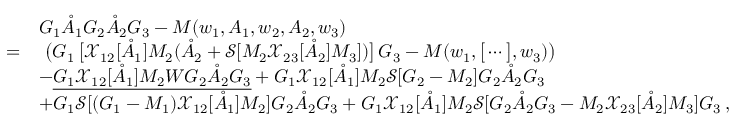
\begin{array} { r l } & { G _ { 1 } \mathring { A } _ { 1 } G _ { 2 } \mathring { A } _ { 2 } G _ { 3 } - M ( w _ { 1 } , A _ { 1 } , w _ { 2 } , A _ { 2 } , w _ { 3 } ) } \\ { = } & { \ \big ( G _ { 1 } \, \big [ \mathcal { X } _ { 1 2 } [ \mathring { A } _ { 1 } ] M _ { 2 } ( \mathring { A } _ { 2 } + \mathcal { S } [ M _ { 2 } \mathcal { X } _ { 2 3 } [ \mathring { A } _ { 2 } ] M _ { 3 } ] ) \big ] \, G _ { 3 } - M ( w _ { 1 } , \big [ \cdots \big ] , w _ { 3 } ) \big ) } \\ & { - \underline { { G _ { 1 } \mathcal { X } _ { 1 2 } [ \mathring { A } _ { 1 } ] M _ { 2 } W G _ { 2 } \mathring { A } _ { 2 } G _ { 3 } } } + G _ { 1 } \mathcal { X } _ { 1 2 } [ \mathring { A } _ { 1 } ] M _ { 2 } \mathcal { S } [ G _ { 2 } - M _ { 2 } ] G _ { 2 } \mathring { A } _ { 2 } G _ { 3 } } \\ & { + G _ { 1 } \mathcal { S } [ ( G _ { 1 } - M _ { 1 } ) \mathcal { X } _ { 1 2 } [ \mathring { A } _ { 1 } ] M _ { 2 } ] G _ { 2 } \mathring { A } _ { 2 } G _ { 3 } + G _ { 1 } \mathcal { X } _ { 1 2 } [ \mathring { A } _ { 1 } ] M _ { 2 } \mathcal { S } [ G _ { 2 } \mathring { A } _ { 2 } G _ { 3 } - M _ { 2 } \mathcal { X } _ { 2 3 } [ \mathring { A } _ { 2 } ] M _ { 3 } ] G _ { 3 } \, , } \end{array}